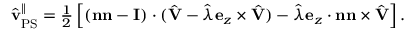
\begin{array} { r } { \hat { \mathbf { v } } _ { \mathrm { P S } } ^ { \| } = \frac { 1 } { 2 } \left[ ( \mathbf { n n } - \mathbf { I } ) \cdot ( \hat { \mathbf { V } } - \hat { \lambda } \mathbf { e } _ { z } \times \hat { \mathbf { V } } ) - \hat { \lambda } \mathbf { e } _ { z } \cdot \mathbf { n } \mathbf { n } \times \hat { \mathbf { V } } \right] . } \end{array}